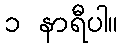
၁ နာရီပါ။